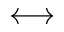
\longleftrightarrow